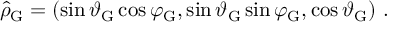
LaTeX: \hat { \rho } _ { \mathrm { G } } = \left( \sin \vartheta _ { \mathrm { G } } \cos \varphi _ { \mathrm { G } } , \sin \vartheta _ { \mathrm { G } } \sin \varphi _ { \mathrm { G } } , \cos \vartheta _ { \mathrm { G } } \right) \, .